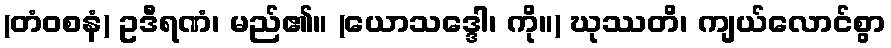
(တံဝစနံ) ဥဒီရဏံ၊ မည်၏။ (ယောသဒ္ဒေါ၊ ကို။) ဃုဿတိ၊ ကျယ်လောင်စွာ